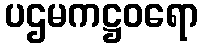
ပဌမကဋ္ဌဝရော